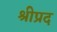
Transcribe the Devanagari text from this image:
श्रीप्रद